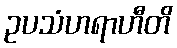
ဥပသံဟရာဟီတိ